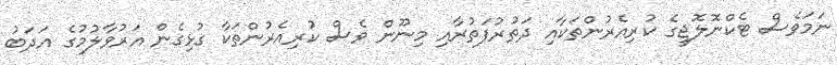
ނަމަވެސް ޓެކްނޮލޮޖީގެ ކުރިއެރުންތަކާއި ދަތުރުފަތުރާއި މިނޫން ވެސް ކުރިއެރުންތަކާ ގުޅިގެން އަރުވާލުމުގެ އަދަބު